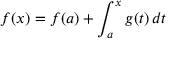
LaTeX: f ( x ) = f ( a ) + \int _ { a } ^ { x } g ( t ) \, d t